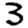
Digit: 3